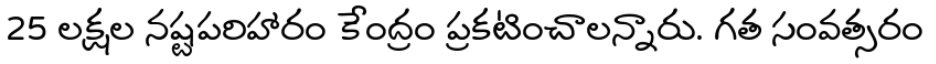
25 లక్షల నష్టపరిహారం కేంద్రం ప్రకటించాలన్నారు. గత సంవత్సరం